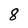
Character: 8